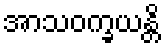
အာသဝက္ခယန္တိ